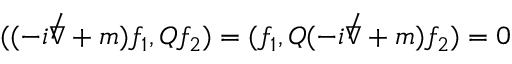
( ( - i { \not \nabla } + m ) f _ { 1 } , Q f _ { 2 } ) = ( f _ { 1 } , Q ( - i { \not \nabla } + m ) f _ { 2 } ) = 0